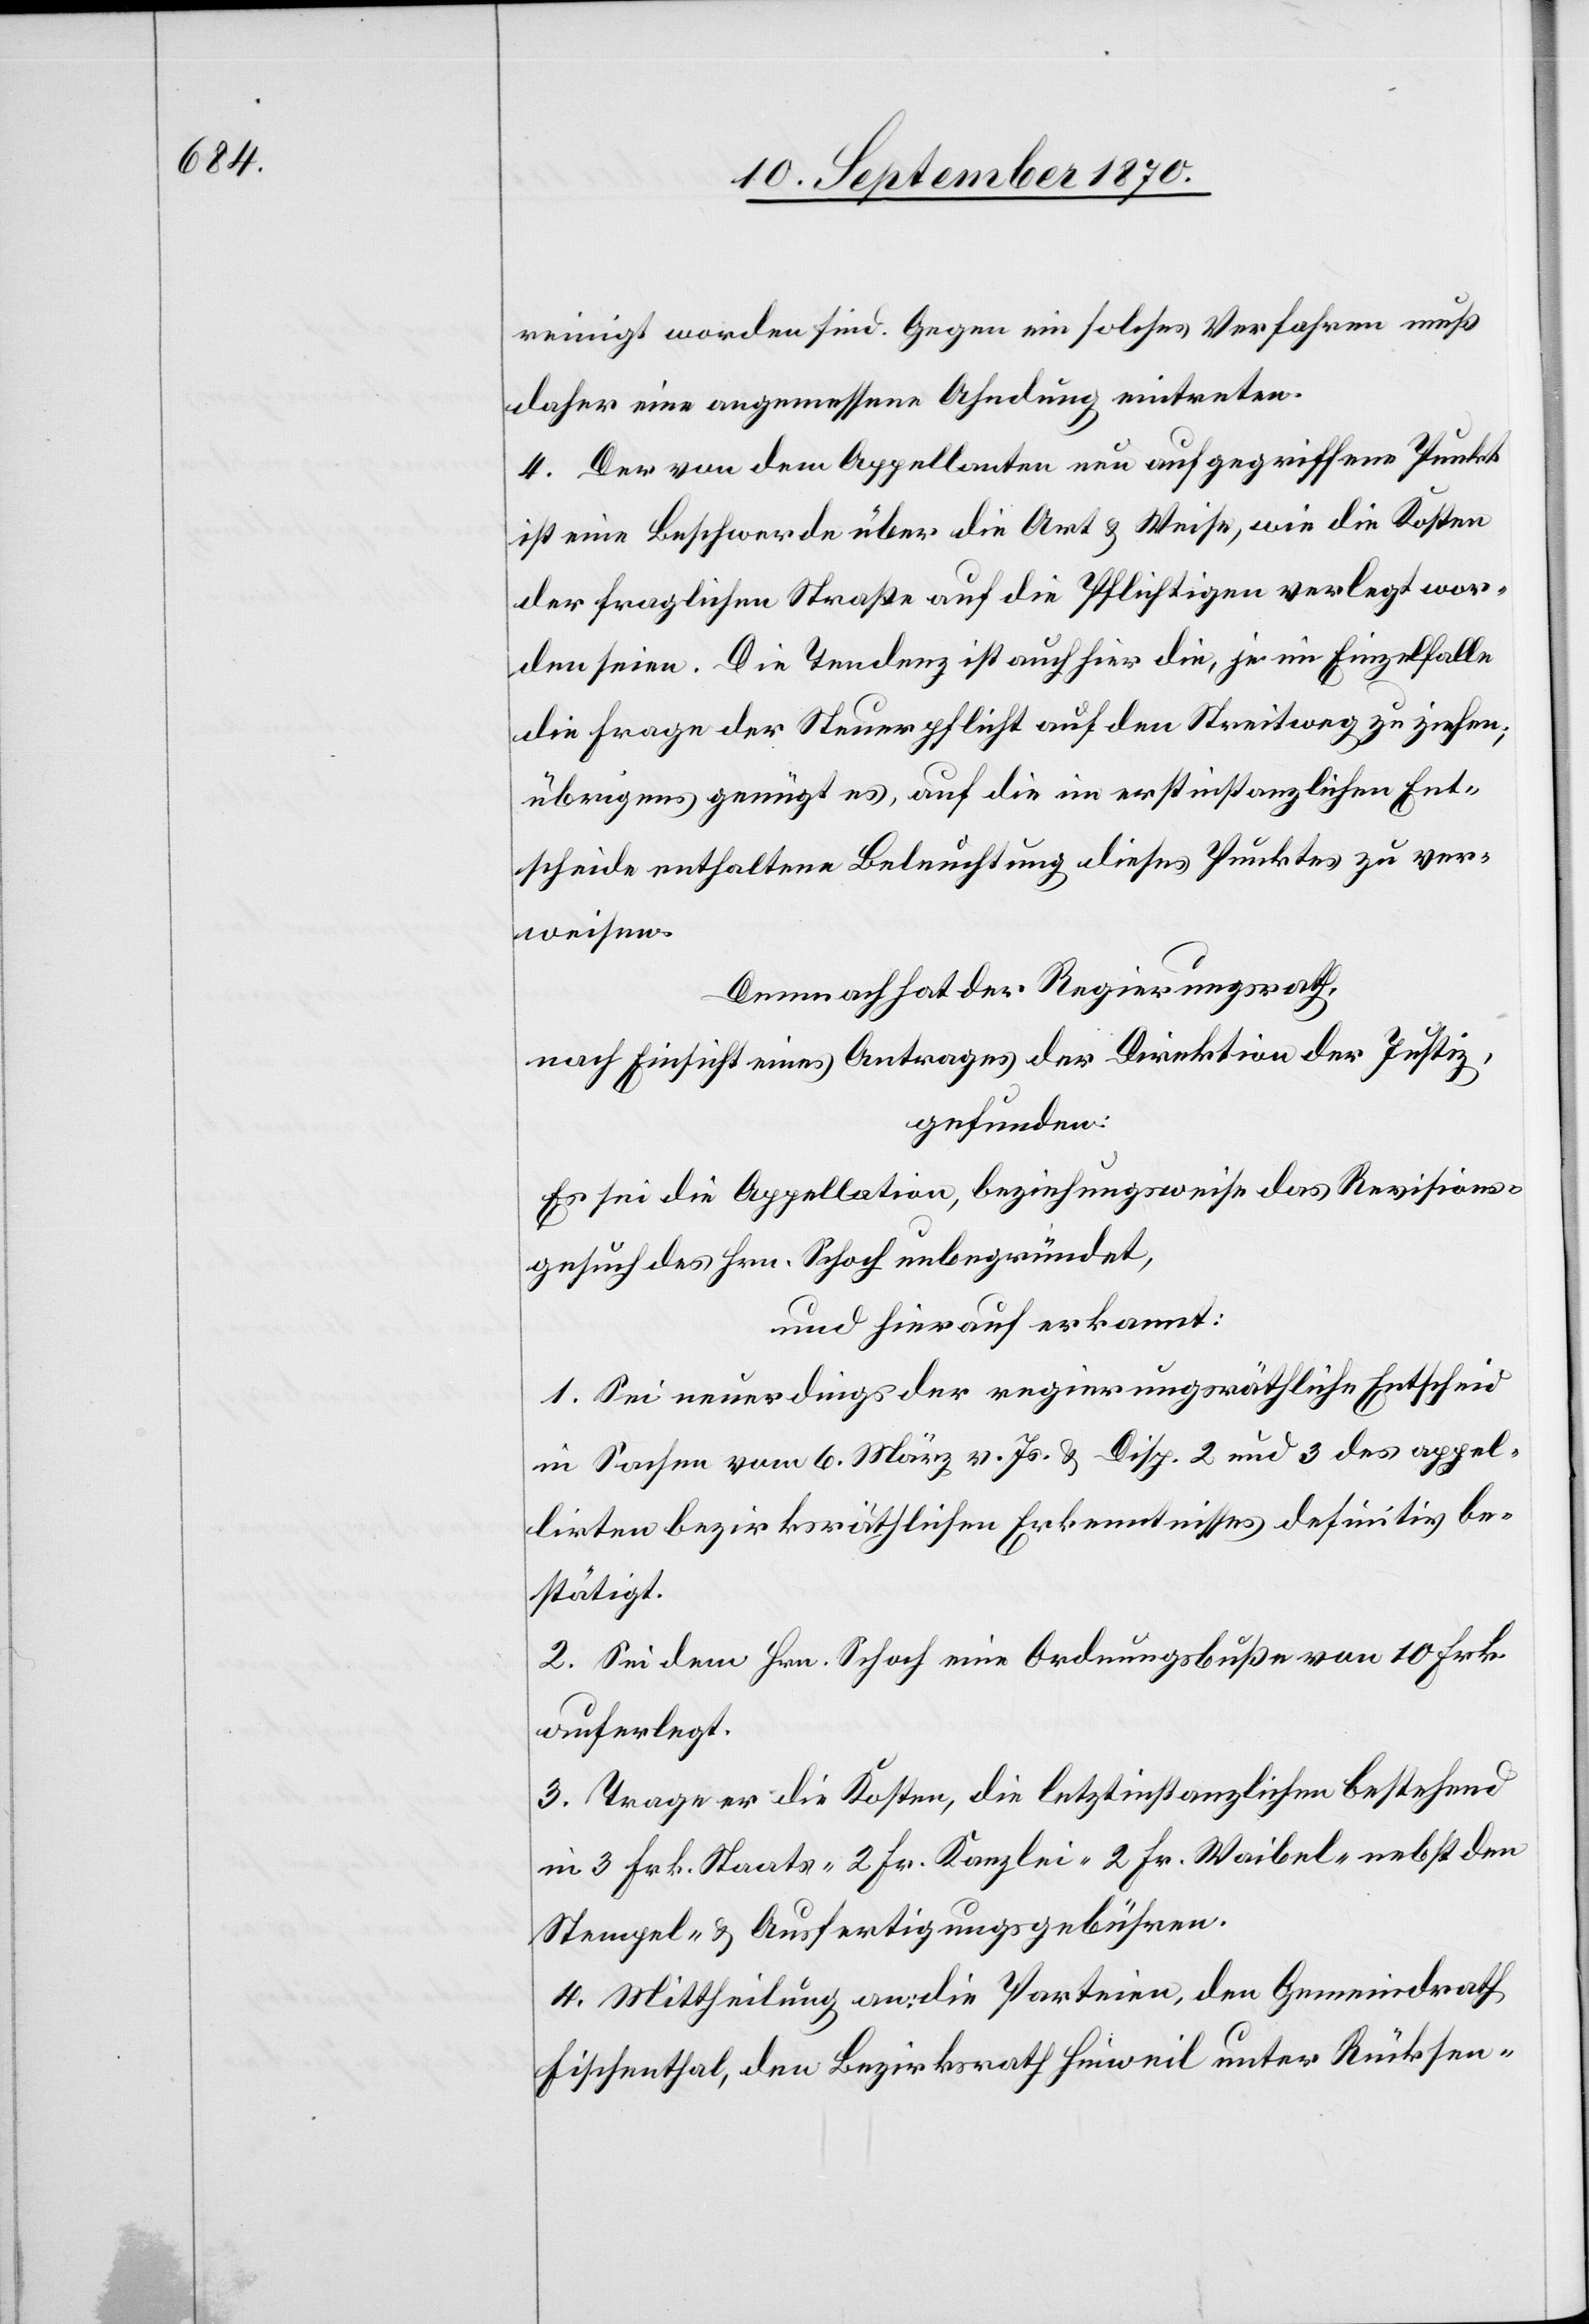
reinigt worden sind. Gegen ein solches Verfahren muß
daher eine angemessene Ahndung eintreten.
4. Der von dem Appellanten neu aufgegriffene Punkt
ist eine Beschwerde über die Art & Weise, wie die Kosten
der fraglichen Straße auf die Pflichtigen verlegt wor¬
den seien. Die Tendenz ist auch hier die, je im Einzelfalle
die Frage der Steuerpflicht auf den Streitweg zu ziehen;
übrigens genügt es, auf die im erstinstanzlichen Ent¬
scheide enthaltene Beleuchtung dieses Punktes zu ver¬
weisen.
Demnach hat der Regierungsrath,
nach Einsicht eines Antrages der Direktion der Justiz,
gefunden:
Es sei die Appellation, beziehungsweise das Revisions¬
gesuch des Hrn. Schoch unbegründet,
und hierauf erkannt:
1. Sei neuerdings der regierungsräthliche Entscheid
in Sachen vom 6. März v. Js. & Disp. 2 und 3 des appel¬
irten bezirksräthlichen Erkenntnisses definitiv be¬
stätigt.
2. Sei dem Hrn. Schoch eine Ordnungsbuße von 10 Frk.
auferlegt.
3. Trage er die Kosten, die letztinstanzlichen bestehend
in 3 Frk. Staats- 2 Fr. Kanzlei- 2 Fr. Waibel- nebst den
Stempel- & Ausfertigungsgebühren.
4. Mittheilung an: die Parteien, den Gemeindrath
Fischenthal, den Bezirksrath Hinweil unter Rücksen-